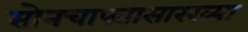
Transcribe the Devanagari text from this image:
सोनचाफ्यासारख्या